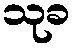
သုခ